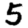
Digit: 5